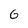
Character: G